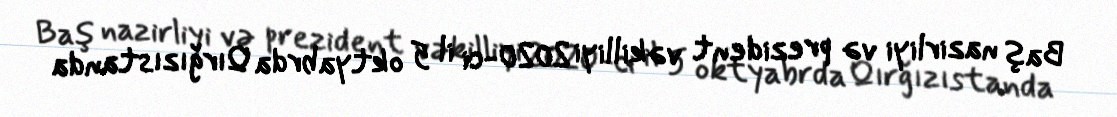
Baş nazirliyi və prezident vəkilliyi 2020-ci il 5 oktyabrda Qırğızıstanda